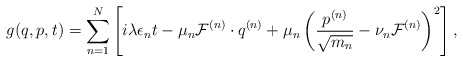
\begin{align*}g(q, p, t) = \sum_{n=1}^N\left[i \lambda \epsilon_n t - \mu_n {\cal F}^{(n)} \cdot q^{(n)} + \mu_n \left( \frac{p^{(n)}}{\sqrt{m_n}} - \nu_n {\cal F}^{(n)} \right)^2 \right],\end{align*}